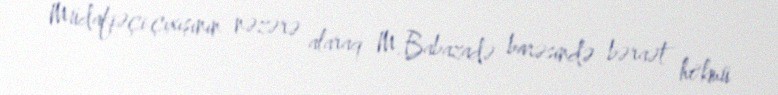
Müdafiəçi çıxışının nəzərə alaraq M.Babazadə barəsində bəraət hökmü